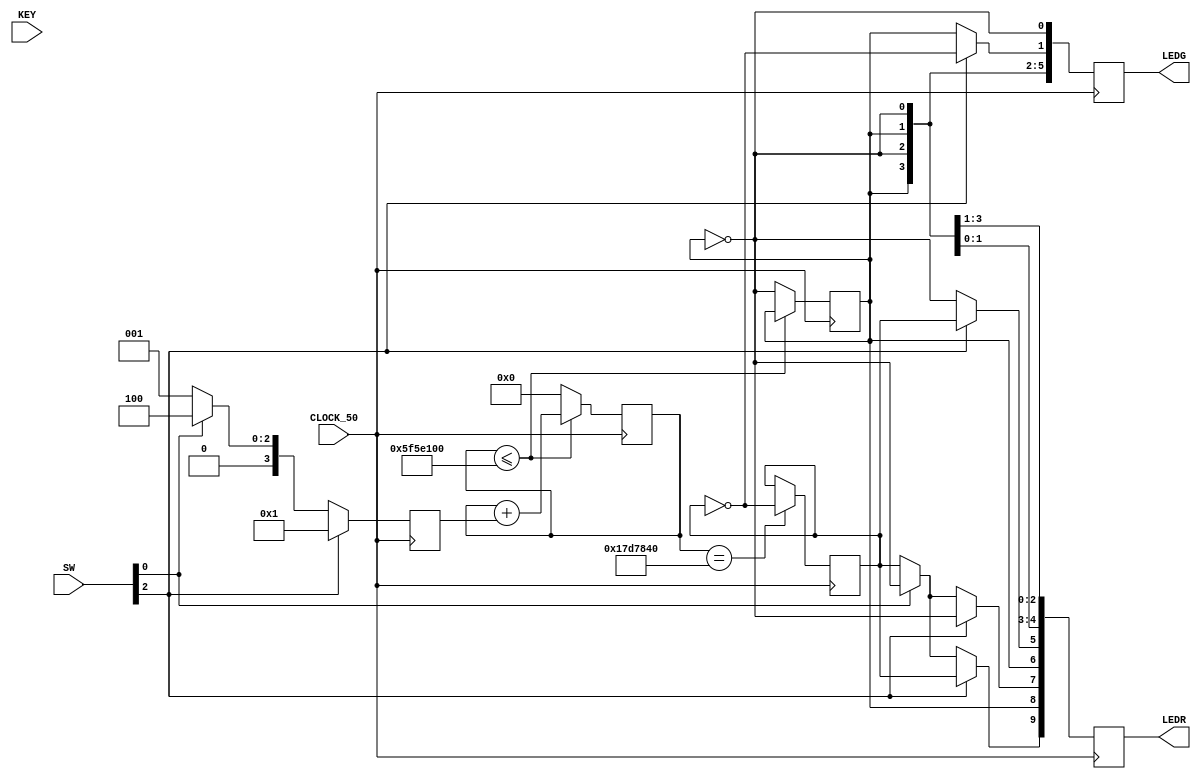
module PiscaLeds(
	input CLOCK_50,
	input[3:0] KEY,
	input [9:0]SW,
	output reg[7:0] LEDG,
	output reg[9:0] LEDR

);
reg[31:0] counter;
reg[3:0] soma = 1;
reg state;
reg state2;
wire r = state;
wire w = state2;


always @(posedge CLOCK_50)
begin
	if(counter <=(50000000 *2))
	begin
		counter <= counter + soma;
	end
	else
	begin
		counter <= 0;
		state <= ~state;
		//r = ~r;
	end
		if(SW[0])
			begin
				 LEDR[0] = r;
				 soma = 100;
				 LEDR[1] = ~r;
				 soma = 100;
				 LEDR[2] = r;
				 soma = 100;
				 LEDR[3] = ~r;
				 soma = 100;
				 LEDR[4] = r;
				 soma = 100;
				 LEDR[5] = ~r;
				 soma = 100;
				 LEDR[6] = r;
				 soma = 100;
				 LEDR[7] = ~r;
				 soma = 100;
				 LEDR[8] = r;
				 soma = 100;
				 LEDR[9] = ~r;
				 soma = 100;
				 LEDG[0] = ~r;
				 soma = 100;
				 LEDG[1] = r;
				 soma = 100;
				 LEDG[2] = ~r;
				 soma = 100;
				 LEDG[3] = r;
				 soma = 100;
				 LEDG[4] = ~r;
				 soma = 100;
				 LEDG[5] = r; 
				 soma = 100;
				 LEDG[6] = ~r; 
				 soma = 100;
				 LEDG[7] = r ;
				 soma = 100;
		end
		
		else
			begin
				 LEDR[0] = r;
				 soma = 1;
				 LEDR[1] = ~r;
				 soma = 1;
				 LEDR[2] = r;
				 soma =  1;
				 LEDR[3] = ~r;
				 soma = 1;
				 LEDR[4] = r;
				 soma = 1;
				 LEDR[5] = ~r;
				 soma = 1;
				 LEDR[6] = r;
				 soma = 1;
				 LEDR[7] = w;
				 soma = 1;
				 LEDR[8] = r;
				 soma = 1;
				 LEDR[9] = w;
				 soma = 1;
				 LEDG[0] = ~r;
				 soma = 1;
				 LEDG[1] = r;
				 soma = 1;
				 LEDG[2] = ~r;
				 soma = 1;
				 LEDG[3] = r;
				 soma = 1;
				 LEDG[4] = ~r;
				 soma = 1;
				 LEDG[5] = r; 
				 soma = 1;
				 LEDG[6] = w; 
				 soma = 1;
				 LEDG[7] = r ;
				 soma = 1;
		end
		if(SW[2])
		begin
			LEDR[0] = r;
				 soma = 500000;
				 LEDR[1] = ~r;
				 soma = 500000;
				 LEDR[2] = r;
				 soma = 500000;
				 LEDR[3] = ~r;
				 soma = 1;
				 LEDR[4] = r;
				 soma = 1;
				 LEDR[5] = w;
				 soma = 1;
				 LEDR[6] = r;
				 soma = 1;
				 LEDR[7] = ~r;
				 soma = 1;
				 LEDR[8] = r;
				 soma = 1;
				 LEDR[9] = w;
				 soma = 1;
				 LEDG[0] = ~r;
				 soma = 1;
				 LEDG[1] = ~w;
				 soma = 1;
				 LEDG[2] = ~r;
				 soma = 1;
				 LEDG[3] = r;
				 soma = 1;
				 LEDG[4] = ~r;
				 soma = 15000;
				 LEDG[5] = r; 
				 soma = 1;
				 LEDG[6] = ~r; 
				 soma = 150000;
				 LEDG[7] = r ;
				 soma = 1;
		end
	if(counter == 25000000)
	begin 
		state2 <= ~state2;
	end
		
	
end
endmodule